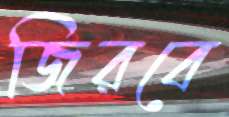
জিরবে